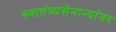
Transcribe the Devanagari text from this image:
स्वातंत्र्यसेनान्यांवर